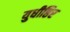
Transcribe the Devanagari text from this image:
युधीष्ठिर